Civil Veterinary Dept. North-West Frontier Province 1901-22 - 1901-1922
Year: 1901
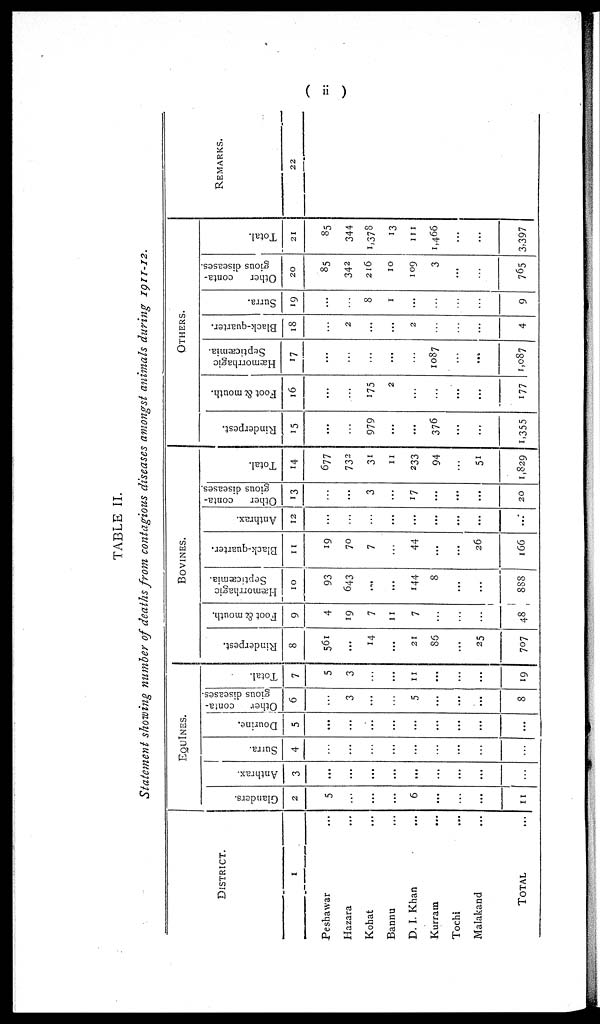
( ii )
TABLE II.
Statement showing number of deaths from contagious diseases amongst animals during 1911-12.
DISTRICT.
1
Peshawar ...
Hazara ...
Kohat ...
Bannu ...
D. I. Khan ...
Kurram ...
Tochi ...
Malakand ...
TOTAL ...
EQUINES.
Glanders.
2
5
...
...
...
6
...
...
...
11
Anthrax.
3
...
...
...
...
...
...
...
...
...
Surra.
4
...
...
...
...
...
...
...
...
...
Dourine.
5
...
...
...
...
...
...
...
...
...
Other
conta-
gious diseases.
6
...
3
...
...
5
...
...
...
8
Total.
7
5
3
...
...
11
...
...
...
19
BOVINES.
Rinderpest.
8
561
...
14
...
21
86
...
25
707
Foot & mouth.
9
4
19
7
11
7
...
...
...
48
Hæmorrhagic
Septicæmia.
10
93
643
...
...
144
8
...
...
888
Black-quarter.
11
19
70
7
...
44
...
...
26
166
Anthrax.
12
...
...
...
...
...
...
...
...
...
Other
conta-
gious diseases.
13
...
...
3
...
17
...
...
...
20
Total.
14
677
732
31
11
233
94
...
51
1,829
OTHERS.
Rinderpest.
15
...
...
979
...
...
376
...
...
1,355
Foot & mouth.
16
...
...
175
2
...
...
...
...
177
Hæmorrhagic
Septicæmia.
17
...
...
...
...
...
1087
...
...
1,087
Black-quarter.
18
...
2
...
...
2
...
...
...
4
Surra.
19
...
8
1
...
...
...
...
9
Other
conta-
gious diseases.
20
85
342
216
10
109
3
...
...
765
Total.
21
85
344
1,378
13
111
1,466
...
...
3,397
REMARKS.
22